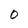
Character: 0